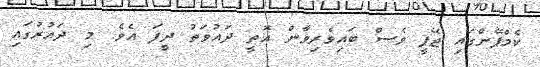
ކެމްޕޭންގައި ޖޭޕީ ވެސް ބައިވެރިވާން އޮތީ ދައުވަތު ދީފަ އެވެ. މި ދައުރުގައި